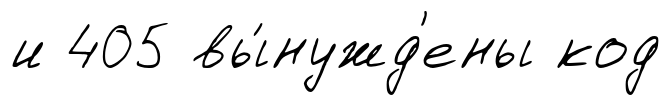
и 405 вы́нужд'ены код